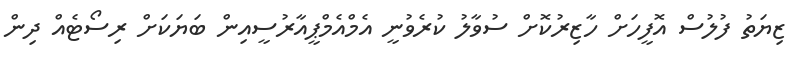
ޒިޔަތު ފުލުސް އޮފީހަށް ހާޒިރުކޮށް ސުވާލު ކުރެވުނީ އެމްއެމްޕީއާރުސީއިން ބަޔަކަށް ރިސޯޓެއް ދިން